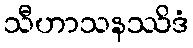
သီဟာသနဿိဒံ